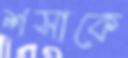
শসাকে